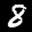
Label: 8